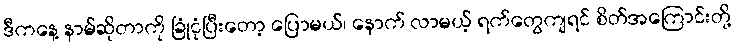
ဒီကနေ့ နာမ်ဆိုတာကို ခြုံငုံပြီးတော့ ပြောမယ်၊ နောက် လာမယ့် ရက်တွေကျရင် စိတ်အကြောင်းတို့